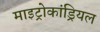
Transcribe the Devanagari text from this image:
माइट्रोकांड्रियल